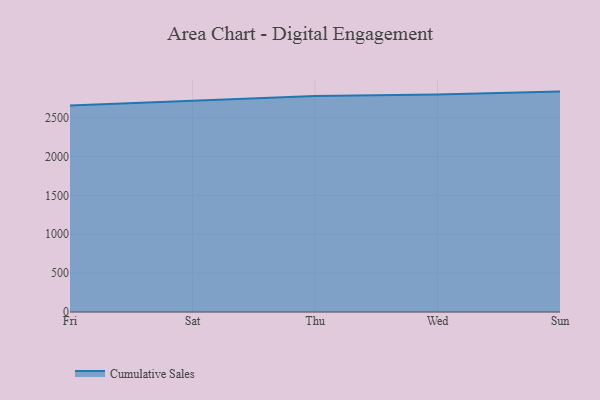
{"axis": {"x": "Day", "y": "Conversion Rate (%)"}, "legend": ["Cumulative Sales"], "data": [{"x": "Fri", "y": 2655.6, "type": "Cumulative Sales"}, {"x": "Sat", "y": 2720.5, "type": "Cumulative Sales"}, {"x": "Thu", "y": 2776.2, "type": "Cumulative Sales"}, {"x": "Wed", "y": 2796.9, "type": "Cumulative Sales"}, {"x": "Sun", "y": 2833.4, "type": "Cumulative Sales"}]}